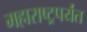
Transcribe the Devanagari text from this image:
महाराष्ट्रपर्यंत